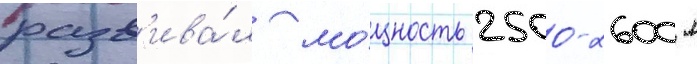
разв'ива́л мо́щность 2500-2600 л